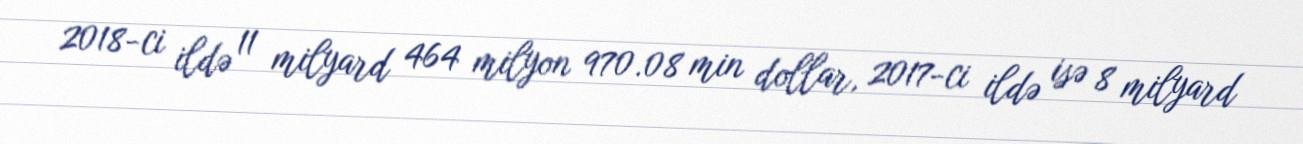
2018-ci ildə 11 milyard 464 milyon 970.08 min dollar, 2017-ci ildə isə 8 milyard